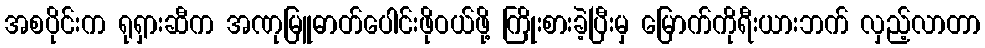
အစပိုင်းက ရုရှားဆီက အဏုမြူဓာတ်ပေါင်းဖိုဝယ်ဖို့ ကြိုးစားခဲ့ပြီးမှ မြောက်ကိုရီးယားဘက် လှည့်လာတာ